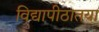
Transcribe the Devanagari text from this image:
विद्यापीठातया